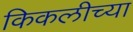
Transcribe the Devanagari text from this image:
किकलीच्या